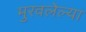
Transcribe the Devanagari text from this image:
मुरवलेल्या